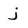
Character: j